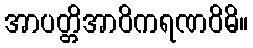
အာပတ္တိအာဝိကရဏဝိဓိ။